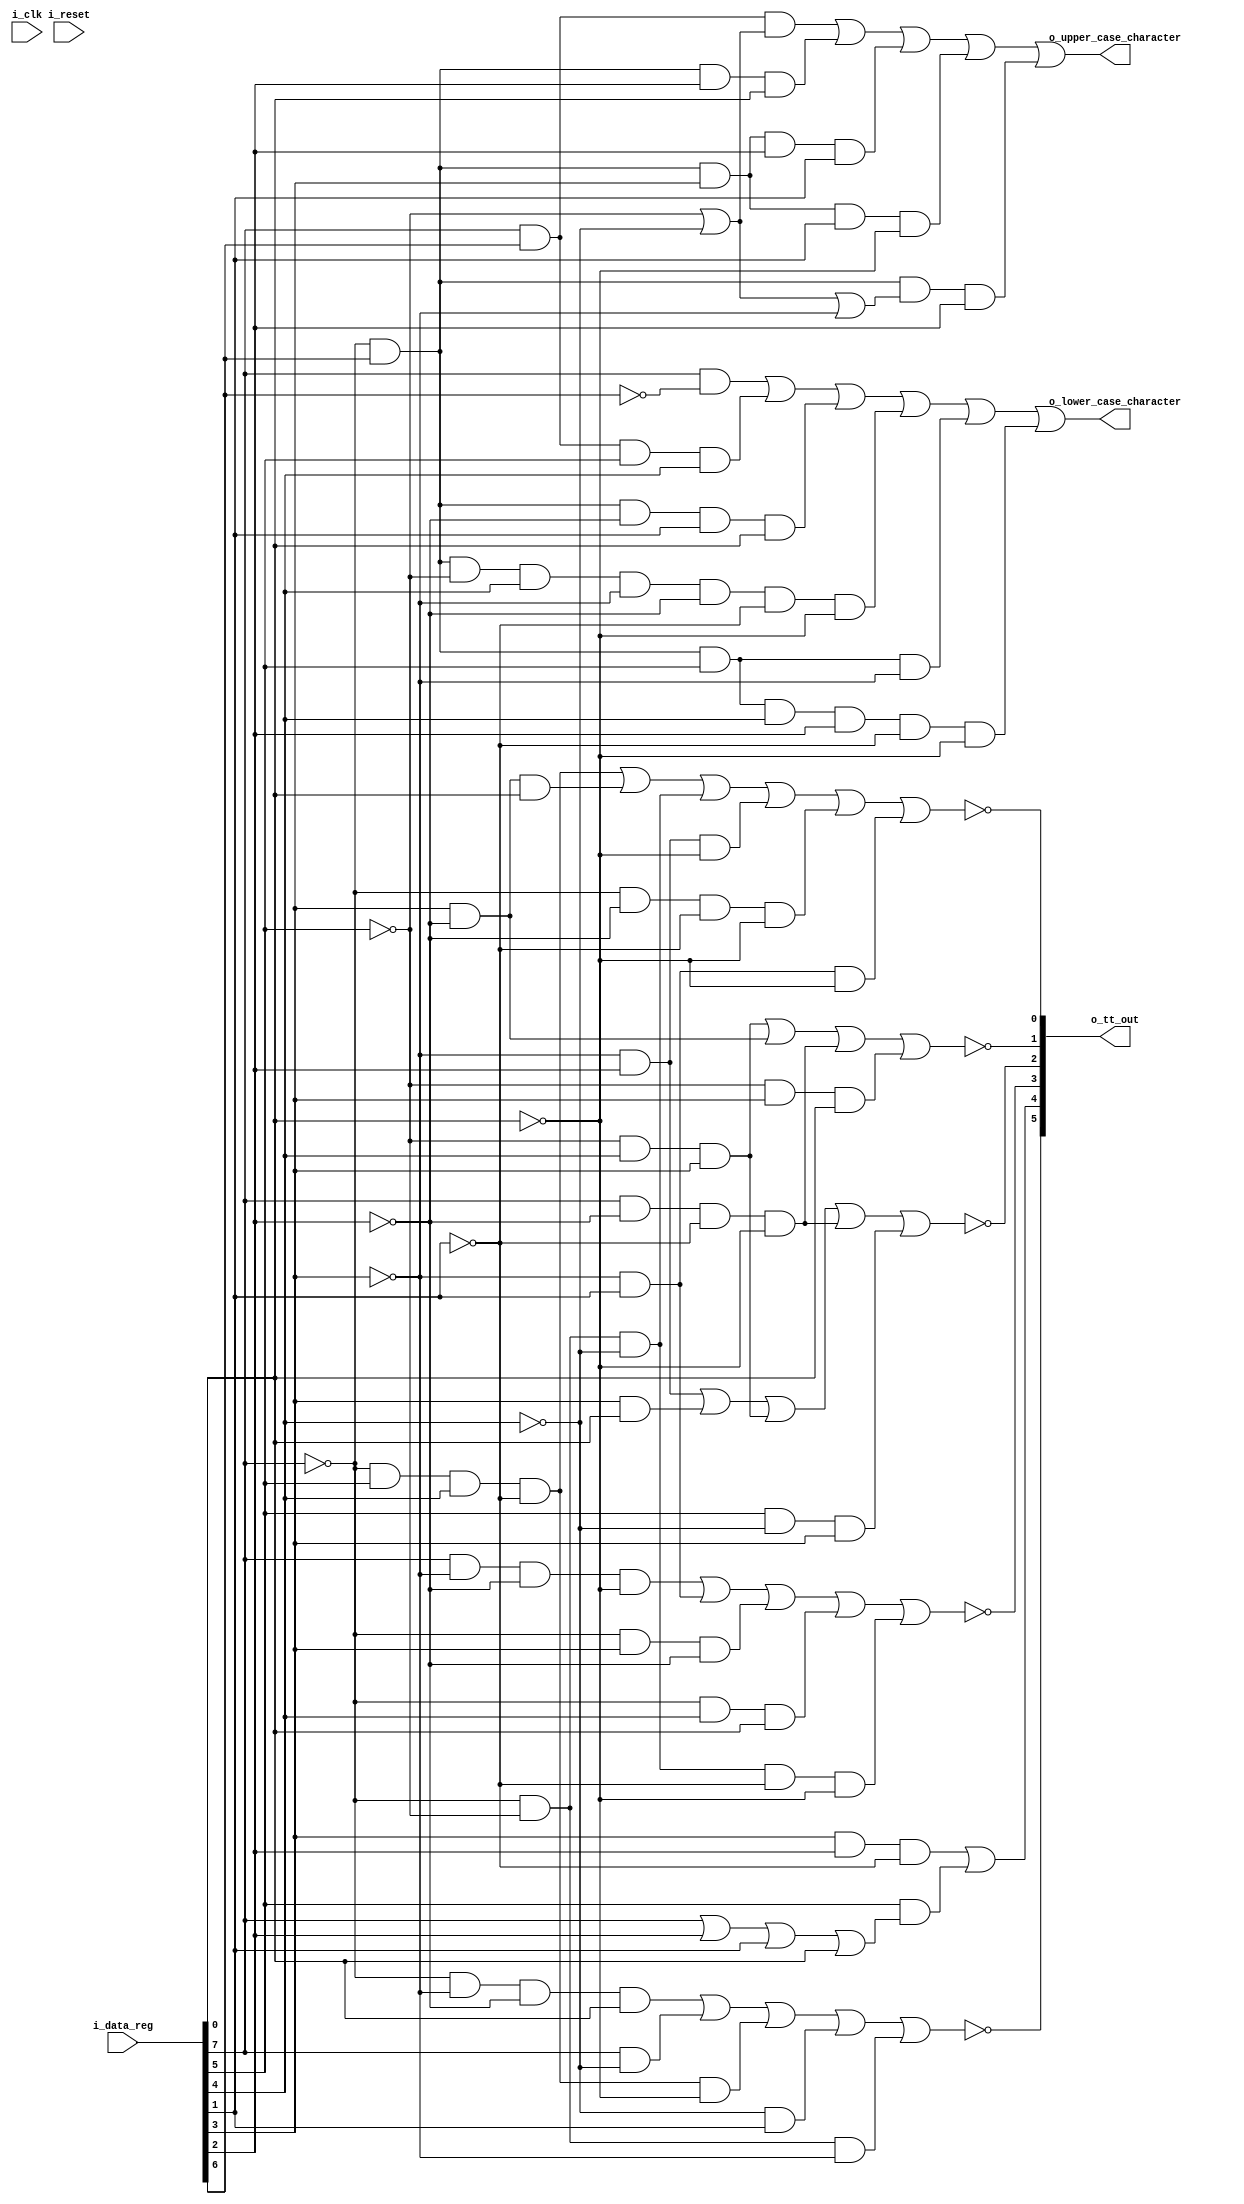
// from SY22-2909-2_1052_Adapter_and_2150_Console_FETOP_Jan69.pdf
// figure 6; printer translator translate 8-bit to tilt/rotate
// pdf page 17; "functional units (5-66) 17
`default_nettype   none
module e2tt(i_clk, i_reset,
	i_data_reg,
	o_tt_out,
	o_lower_case_character,
	o_upper_case_character);

// verilator lint_off UNUSED
input wire i_clk;
input wire i_reset;
// verilator lint_on UNUSED

input wire [7:0] i_data_reg;
output wire [5:0] o_tt_out;
output wire o_lower_case_character;
output wire o_upper_case_character;

wire not_t1;
wire t2;
wire not_r1;
wire not_r2;
wire not_r2a;
wire not_r5;

assign o_tt_out = {~not_t1, t2, ~not_r1, ~not_r2, ~not_r2a, ~not_r5};

wire b0,b1,b2,b3,b4,b5,b6,b7;

assign {b0,b1,b2,b3,b4,b5,b6,b7} = i_data_reg;

assign not_t1 = (~b0 & ~b4 & ~b5 & b7) |	// /
		(b0 & ~b3) |			// abcdefghistuvwxyzABCDEFGHISTUVWXYZ
		(~b0 & b2 & b3 & ~b6 & ~b7) |	// @
		(~b3 & b6) |			// [.+!,>?bcfgstwxBCFGSTWX
		(~b0 & ~b2 & ~b4);		// &
assign t2 = (b4 & b5 & ~b6) |			// <(*)%_@'
	(b2 & (b0 |				// stuvwxyzSTUVWXYZ0123456789
		b5 |				// %_>?@'="uvwxUVWX4567
		b6 |				// ,>?:#="stwxSTWX2367
		b7));				// /,_?#'"tvxzTVXZ13579
assign not_r1 = (b0 & ~b4 & ~b5 & ~b7) |	// bksBKS02
	(~b4 & b6) |				// bcfgklopstwxBCFGKLOPSTWX2367
	(~b0 & b4 & ~b5) |			// [.]$,:#
	(~b0 & b3 & b7) |			// $)^#'"
	(~b0 & ~b2 & ~b3 & ~b6 & ~b7);		// <
assign not_r2 = (~b4 & b5) |			// defgmnopuvwxDEFGMNOPUVWX4567
	(b4 & b7) |				// .(!$)^,_?#'"irzIRZ9
	(~b2 & b3 & b4) |			// ]$*);^qrQR
	(b0 & ~b5 & ~b6 & ~b7) |		// hqyHQY08
	(b2 & ~b3 & b4);			// ,%_>?yzYZ
assign not_r2a = (~b2 & b3 & b4) |		// ]$*);^qrQR
	(b4 & ~b5) |				// [.]$,:#hiqryzHIQRYZ89
	(b0 & ~b5 & ~b6 & ~b7) |		// hqyHQY08
	(~b2 & b4 & b7);			// .(!$)^irIR
assign not_r5 = (~b0 & b2 & b3 & ~b6) |		// @'
	(b4 & ~b5 & b7) |			// .$,#irzIRZ9
	(~b0 & ~b2 & ~b3) |			// [.<(+!
	(~b4 & b5 & ~b7) |			// dfmouwDFMOUW46
	(~b0 & ~b5 & ~b6 & ~b7) |		// &-
	(~b4 & b6 & ~b7);			// bfkoswBFKOSW26

assign o_lower_case_character = (b0 & ~b1) |	// a-z
	(b0 & b1 & b2 & b3) |			// 0-9
	(~b0 & b1 & ~b5 & b6 & b7) |		// .$,#
	(~b0 & b1 & ~b2 & b3 & ~b4 & ~b5 & ~b6 & ~b7) |	// &
	(~b0 & b1 & b2 & ~b4) |			// -/
	(~b0 & b1 & b2 & b3 & b5 & ~b6 & ~b7);	// @
assign o_upper_case_character = (b0 & b1 & (~b2 | ~b3)) |	// A-Z
	(~b0 & b1 & b5 & b7) |
	(~b0 & b1 & b4 & b5 & b6) |
	(~b0 & b1 & b4 & b6 & ~b7) |
	(~b0 & b1 & (~b2 | ~b3 | ~b4) & b5);

endmodule